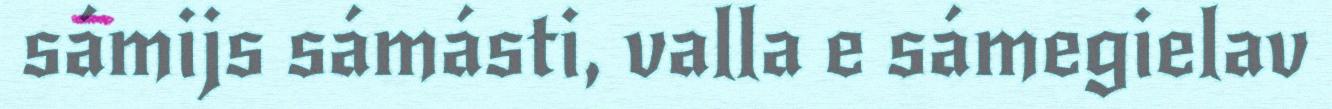
sámijs sámásti, valla e sámegielav